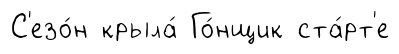
С'езо́н крыла́ Го́нщик ста́рт'е